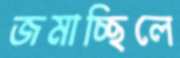
জমাচ্ছিলে